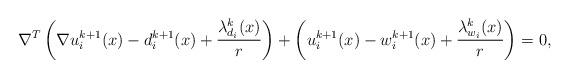
LaTeX: \begin{align*}\nabla^T\left(\nabla u^{k+1}_i(x)-d^{k+1}_i(x)+\frac{\lambda^k_{d_i}(x)}{r}\right)+\left(u^{k+1}_i(x)-w^{k+1}_i(x)+\frac{\lambda^k_{w_i}(x)}{r}\right)=0,\end{align*}